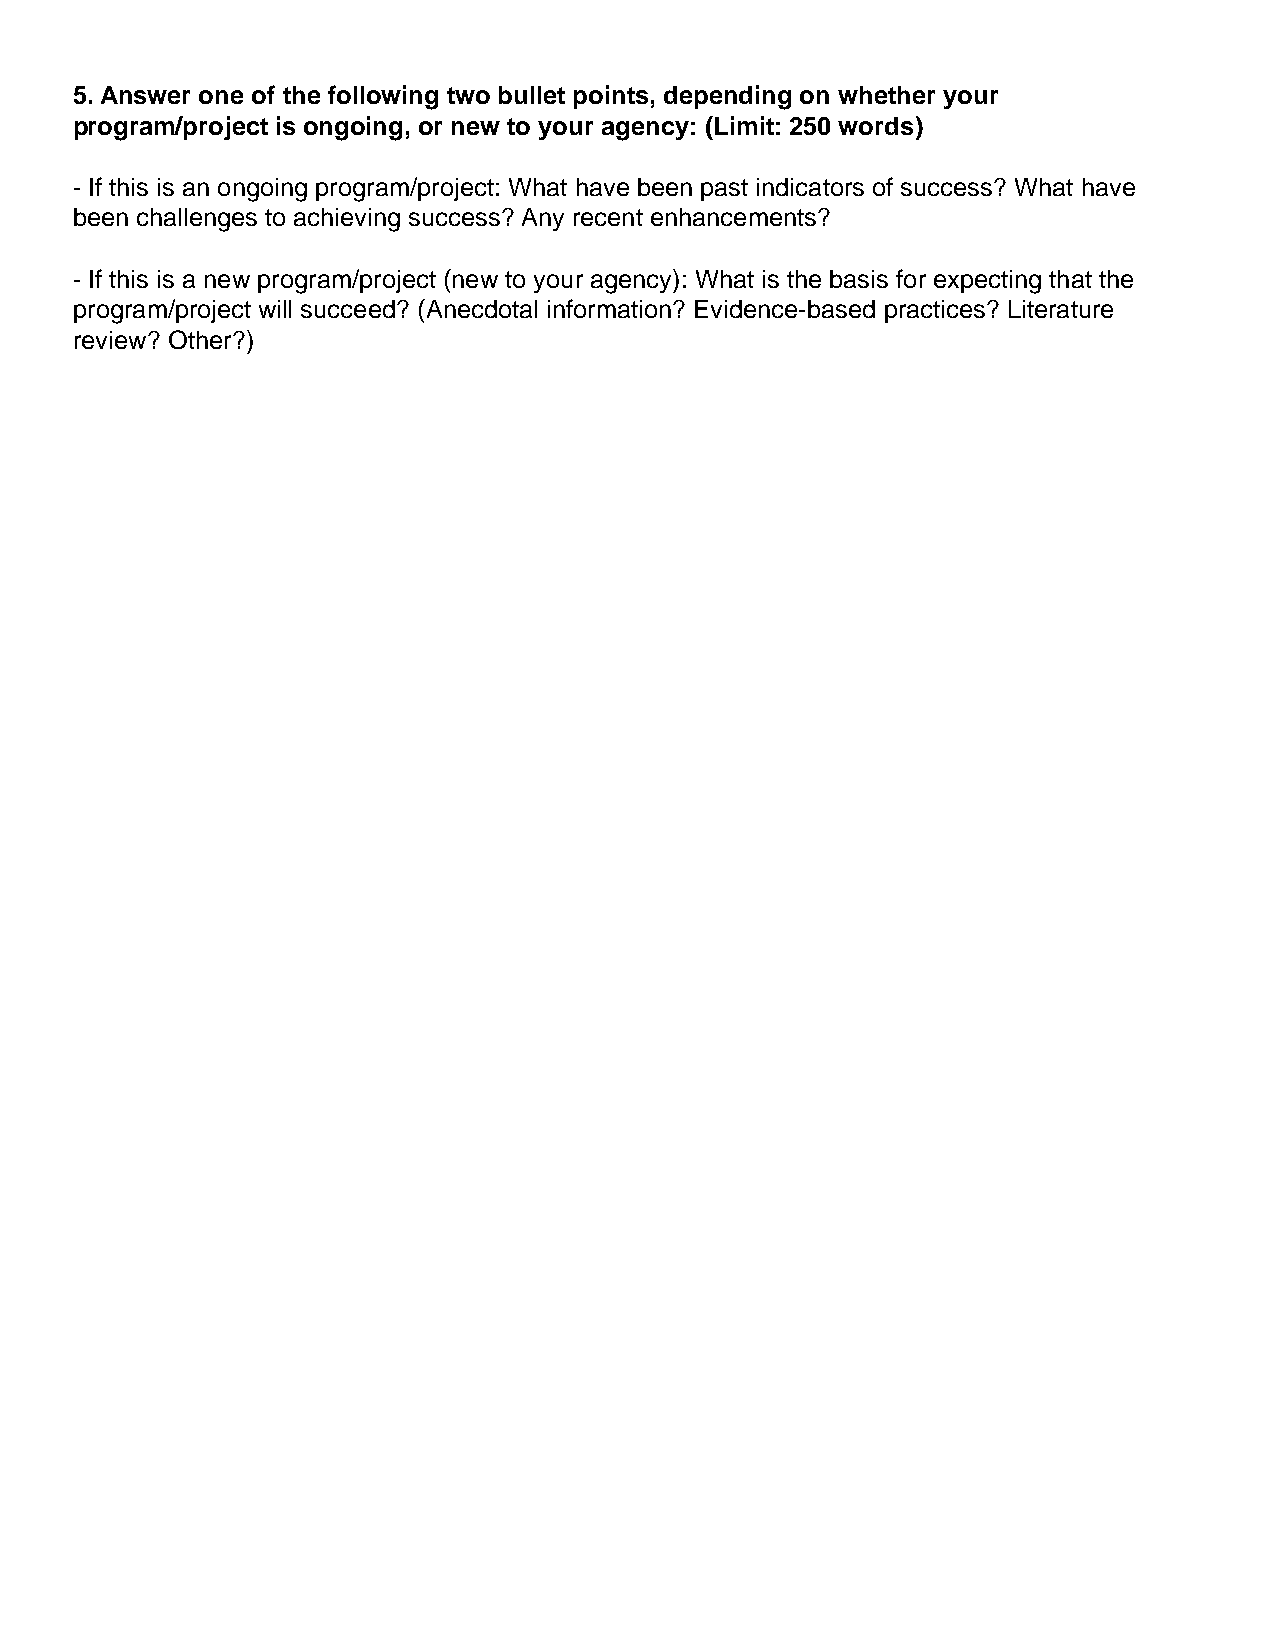
5. Answer one of the following two bullet points, depending on whether your
 program/project is ongoing, or new to your agency: (Limit: 250 words)
 - If this is an ongoing program/project: What have been past indicators of success? What have
 been challenges to achieving success? Any recent enhancements?
 - If this is a new program/project (new to your agency): What is the basis for expecting that the
 program/project will succeed? (Anecdotal information? Evidence-based practices? Literature
 review? Other?)